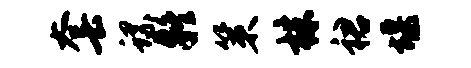
套螺疑策株裙堰